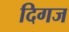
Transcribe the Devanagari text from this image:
दिगज